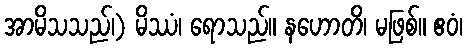
အာမိသသည်၊) မိဿံ၊ ရောသည်။ နဟောတိ၊ မဖြစ်။ ဧဝံ၊